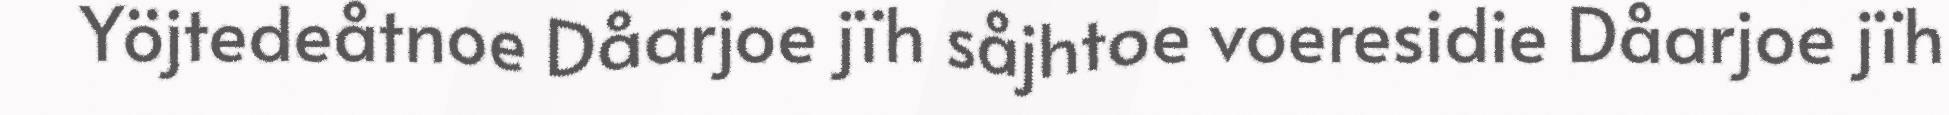
Yöjtedeåtnoe Dåarjoe jïh såjhtoe voeresidie Dåarjoe jïh